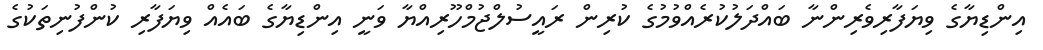
އިންޑިޔާގެ ވިޔަފާރިވެރިންނާ ބައްދަލުކުރެއްވުމުގެ ކުރިން ރައީސުލްޖުމްހޫރިއްޔާ ވަނީ އިންޑިޔާގެ ބައެއް ވިޔަފާރި ކުންފުނިތަކުގެ